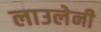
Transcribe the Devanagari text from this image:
लाउलेनी